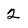
Character: 2